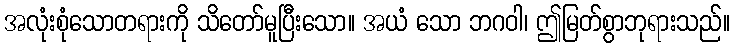
အလုံးစုံသောတရားကို သိတော်မူပြီးသော။ အယံ သော ဘဂဝါ၊ ဤမြတ်စွာဘုရားသည်။